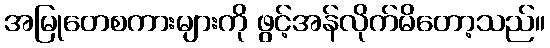
အမြုတေစကားများကို ဖွင့်အန်လိုက်မိတော့သည်။